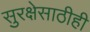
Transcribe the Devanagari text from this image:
सुरक्षेसाठीही